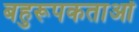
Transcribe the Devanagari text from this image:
बहुरूपकताओं